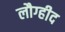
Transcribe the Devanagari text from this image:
लौग्हीद